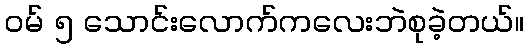
ဝမ် ၅ သောင်းလောက်ကလေးဘဲစုခဲ့တယ်။